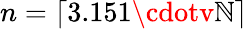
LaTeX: n=\left\lceil3.151\cdotv\mathbb{N}\right\rceil